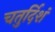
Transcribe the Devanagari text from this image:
चतुर्दिशं